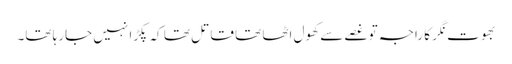
بھوت نگر کا راجہ تو غصے سے کھول اٹھا تھا قاتل تھا کہ پکڑا نہیں جارہا تھا۔